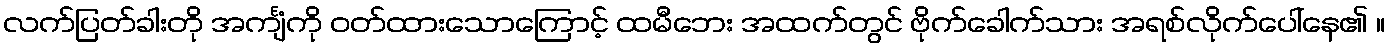
လက်ပြတ်ခါးတို အင်္ကျံကို ဝတ်ထားသောကြောင့် ထမီဘေး အထက်တွင် ဗိုက်ခေါက်သား အရစ်လိုက်ပေါ်နေ၏ ။